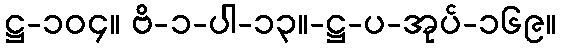
ဋ္ဌ-၁၀၄။ ဗိ-၁-ပါ-၁၃။-ဋ္ဌ-ပ-အုပ်-၁၆၉။